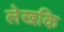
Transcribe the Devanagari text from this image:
लेखकि